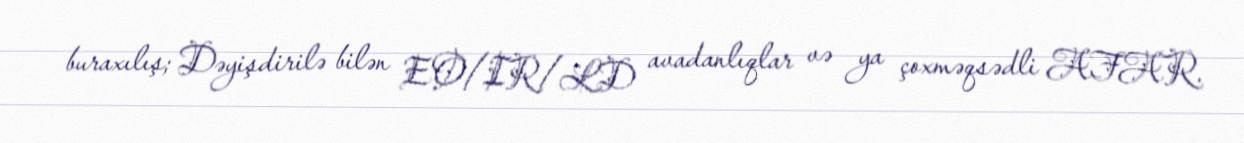
buraxılış; Dəyişdirilə bilən EO/IR/LD avadanlıqlar və ya çoxməqsədli AFAR.